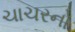
ચાચરનો